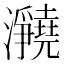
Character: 𪸊